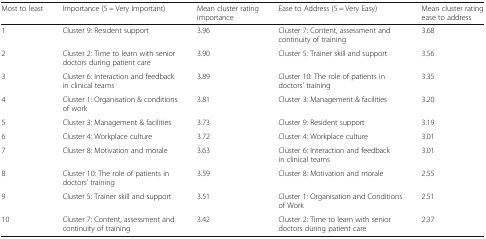
<table><thead><tr><td><b>Most to least</b></td><td><b>Importance (5 = Very Important)</b></td><td><b>Mean cluster rating importance</b></td><td><b>Ease to Address (5 = Very Easy)</b></td><td><b>Mean cluster rating ease to address</b></td></tr></thead><tbody><tr><td>1</td><td>Cluster 9: Resident support</td><td>3.96</td><td>Cluster 7: Content, assessment and continuity of training</td><td>3.68</td></tr><tr><td>2</td><td>Cluster 2: Time to learn with senior doctors during patient care</td><td>3.90</td><td>Cluster 5: Trainer skill and support</td><td>3.56</td></tr><tr><td>3</td><td>Cluster 6: Interaction and feedback in clinical teams</td><td>3.89</td><td>Cluster 10: The role of patients in doctors’ training</td><td>3.35</td></tr><tr><td>4</td><td>Cluster 1: Organisation &amp; conditions of work</td><td>3.81</td><td>Cluster 3: Management &amp; facilities</td><td>3.20</td></tr><tr><td>5</td><td>Cluster 3: Management &amp; facilities</td><td>3.73</td><td>Cluster 9: Resident support</td><td>3.19</td></tr><tr><td>6</td><td>Cluster 4: Workplace culture</td><td>3.72</td><td>Cluster 4: Workplace culture</td><td>3.01</td></tr><tr><td>7</td><td>Cluster 8: Motivation and morale</td><td>3.63</td><td>Cluster 6: Interaction and feedback in clinical teams</td><td>3.01</td></tr><tr><td>8</td><td>Cluster 10: The role of patients in doctors’ training</td><td>3.59</td><td>Cluster 8: Motivation and morale</td><td>2.55</td></tr><tr><td>9</td><td>Cluster 5: Trainer skill and support</td><td>3.51</td><td>Cluster 1: Organisation and Conditions of Work</td><td>2.51</td></tr><tr><td>10</td><td>Cluster 7: Content, assessment and continuity of training</td><td>3.42</td><td>Cluster 2: Time to learn with senior doctors during patient care</td><td>2.37</td></tr></tbody></table>